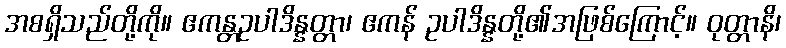
အစရှိသည်တို့ကို။ ဧကန္တဥပါဒိန္နတ္တာ၊ ဧကန် ဥပါဒိန္နတို့၏အဖြစ်ကြောင့်။ ဝုတ္တာနိ၊